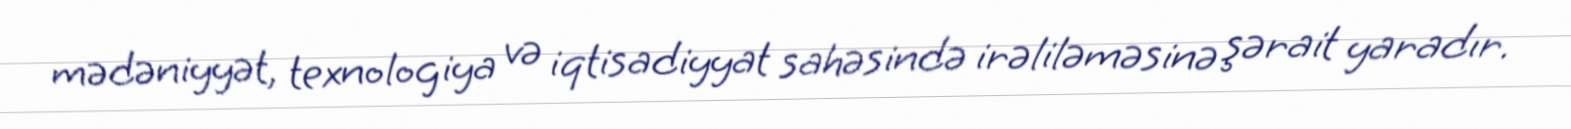
mədəniyyət, texnologiya və iqtisadiyyat sahəsində irəliləməsinə şərait yaradır.